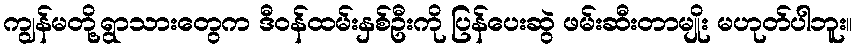
ကျွန်မတို့ရွာသားတွေက ဒီဝန်ထမ်းနှစ်ဦးကို ပြန်ပေးဆွဲ ဖမ်းဆီးတာမျိုး မဟုတ်ပါဘူး။